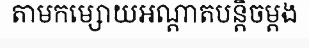
តាមកម្សោយអណ្តាតបន្តិចម្តង